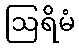
ဩရိမံ